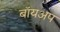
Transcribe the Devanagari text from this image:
बॉयअप